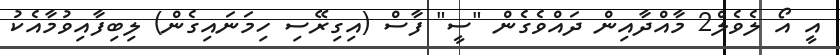
އީ އޯ ލެވެލް2 މާއްދާއިން ދައްވެގެން "ސީ" ފާސް (އިގިރޭސި ހިމަނައިގެން) ލިބިފާއިވުމާއެކު